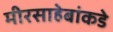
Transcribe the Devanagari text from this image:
मीरसाहेबांकडे